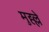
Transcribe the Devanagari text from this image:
मुह्ल्ले